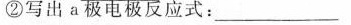
②写出a极电极反应式：___